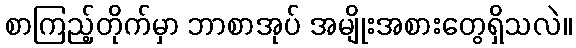
စာကြည့်တိုက်မှာ ဘာစာအုပ် အမျိုးအစားတွေရှိသလဲ။